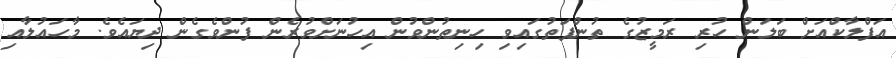
އަފްލާކްއަށް ބަލަން ހުރި ރަމީޒުގެ ތުންފަތުގައިވި ހިނިތުންވުން އިހުނަށްވުރެން ފުންވެގެން ދިޔައެވެ. މާހައުލާއި